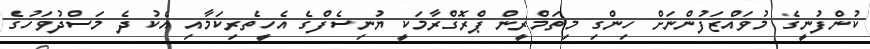
ކުންފުނީގެ މުވައްޒަފުންނަށް ހިންގި މިތަމްރީން ޕްރޮގްރާމަކީ ޔުނިސެފްގެ އެހީތެރިކަމާއި އެކު ދެ މަސްދުވަހުގެ